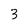
Character: 3